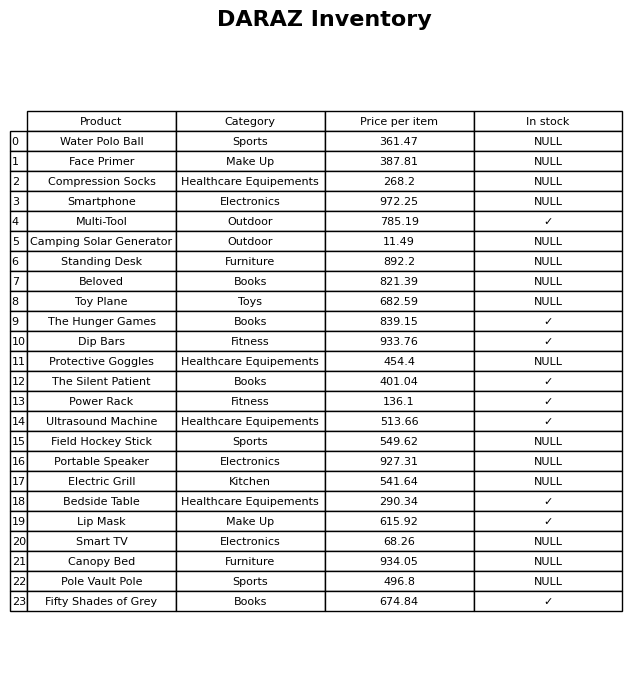
question: Which products are available in stock?
answer: Multi-Tool, The Hunger Games, Dip Bars, The Silent Patient, Power Rack, Ultrasound Machine, Bedside Table, Lip Mask, Fifty Shades of Grey